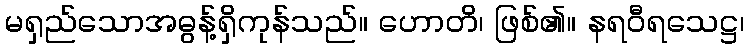
မရှည်သောအဓွန့်ရှိကုန်သည်။ ဟောတိ၊ ဖြစ်၏။ နရဝီရသေဋ္ဌ၊